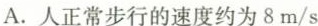
A.人正常步行的速度约为8m/s